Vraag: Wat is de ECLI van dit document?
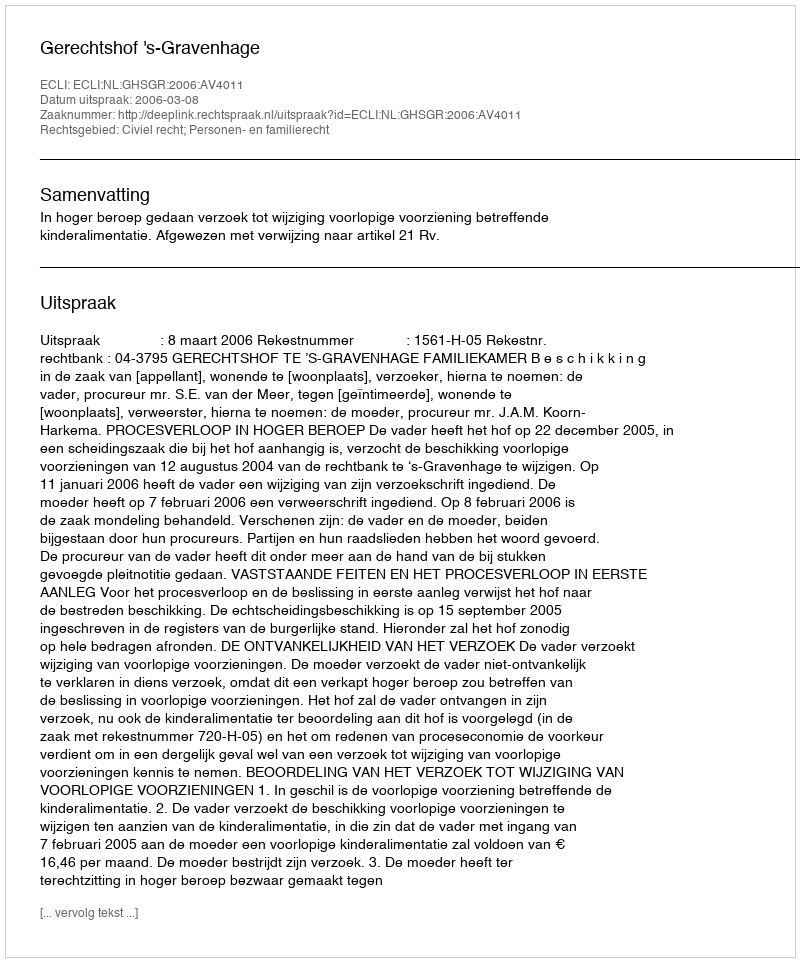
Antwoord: ECLI:NL:GHSGR:2006:AV4011